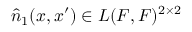
\hat { \b { n } } _ { 1 } ( x , x ^ { \prime } ) \in { \cal L } ( { \cal F } , { \cal F } ) ^ { 2 \times 2 }